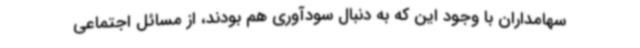
سهامداران با وجود این که به دنبال سودآوری هم بودند، از مسائل اجتماعی